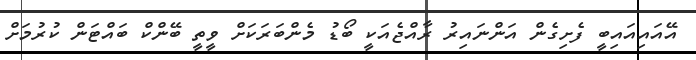
އޭއައިއައިބީ ފެށިގެން އަންނައިރު ރާއްޖެއަކީ ބޯޑު މެންބަރަކަށް ވީތީ ބޭންކް ބައްޓަން ކުރުމަށް